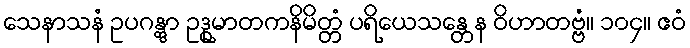
သေနာသနံ ဥပဂန္တွာ ဥဒ္ဓုမာတကနိမိတ္တံ ပရိယေသန္တေန ဝိဟာတဗ္ဗံ။ ၁၀၄။ ဧဝံ